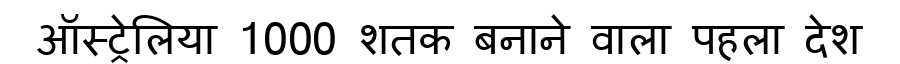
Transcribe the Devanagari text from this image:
ऑस्ट्रेलिया 1000 शतक बनाने वाला पहला देश